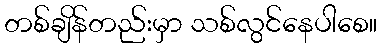
တစ်ချိန်တည်းမှာ သစ်လွင်နေပါစေ။